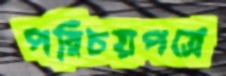
পরিচয়পত্রে